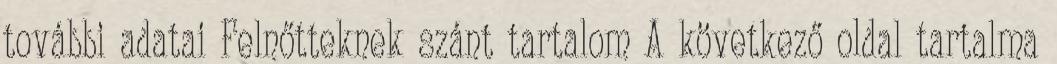
további adatai Felnőtteknek szánt tartalom A következő oldal tartalma